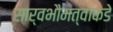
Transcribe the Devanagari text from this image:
सार्वभौमत्वाकडे